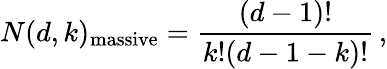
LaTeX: N(d,k)_{\mathrm{massive}}=\frac{(d-1)!}{k!(d-1-k)!}\, ,